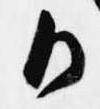
御